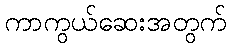
ကာကွယ်ဆေးအတွက်